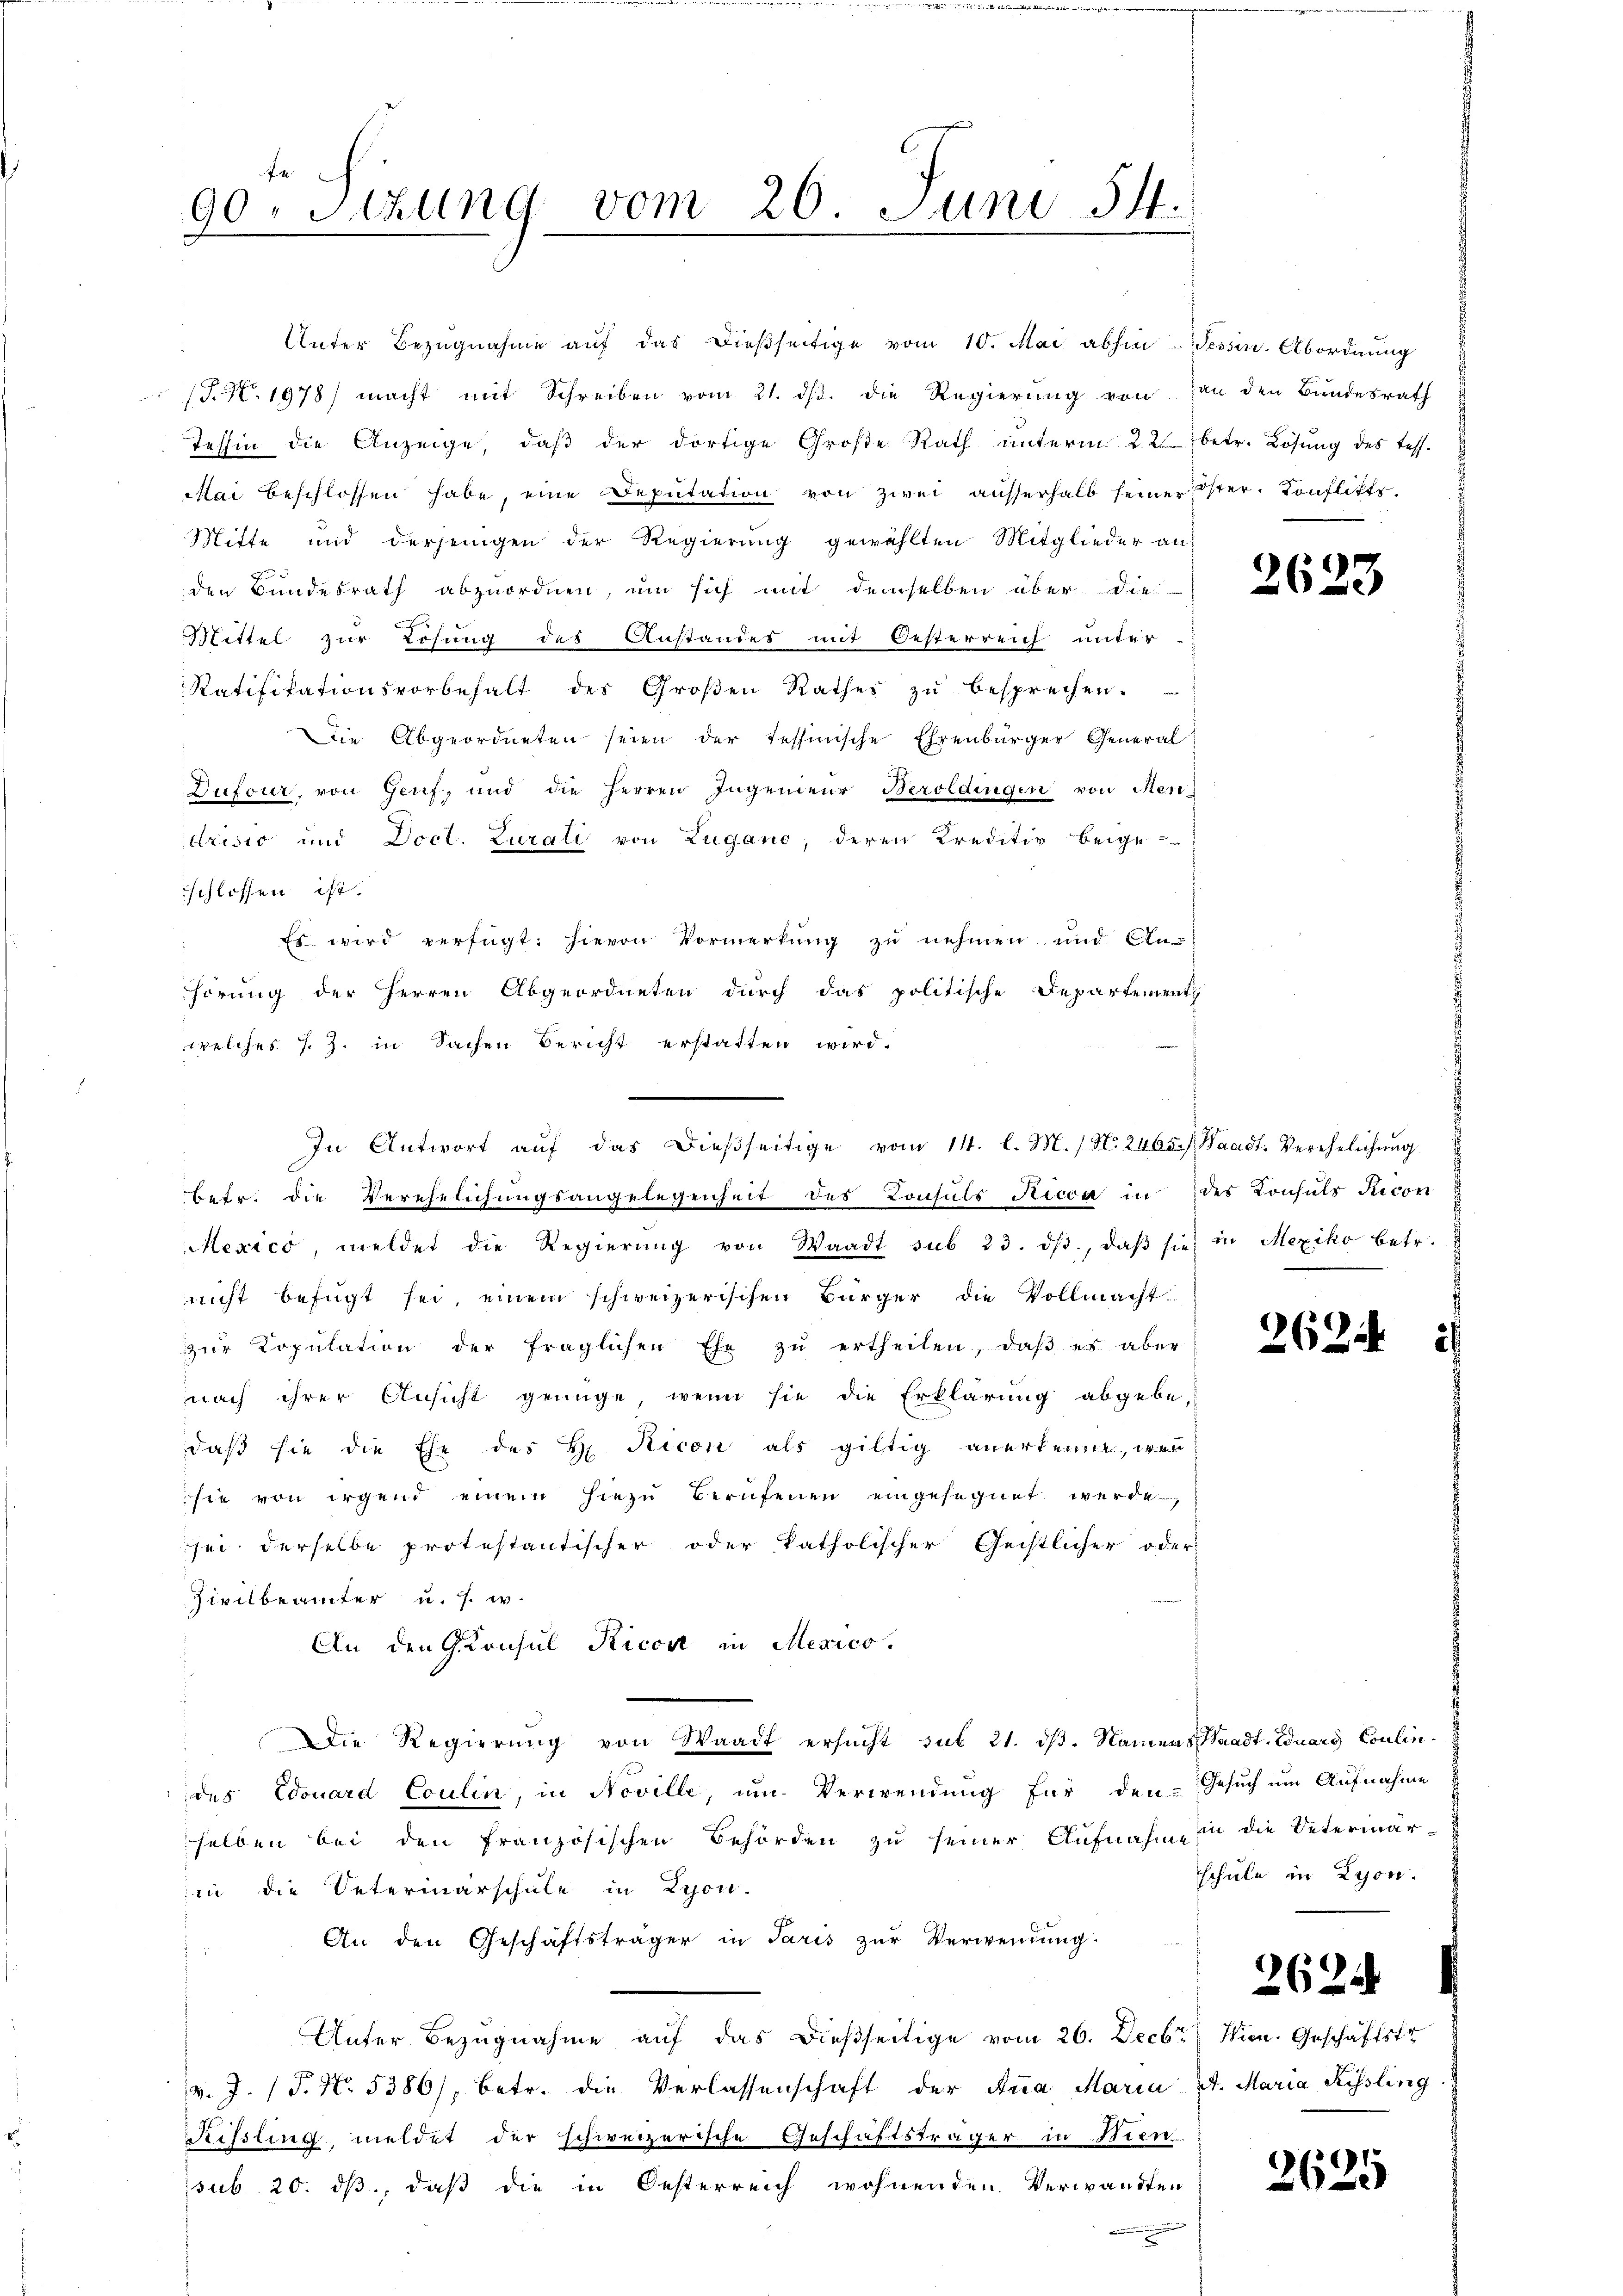
f
90. Sitzung vom 26. Juni 54.

Tessin die Anzeige, daβ der dortige Große Rath ŭnterm 22 betr. Lösung des Tess.
Mai beschlossen habe, eine Deputation von zwei ausserhalb seiner Oster. Konflikts.
Mitte und derjenigen der Regierung gewählten Mitglieder an
den Bundesrath abzuordnen, um sich mit demselben über die
Mittel zur Lösung des Anstandes mit Oesterreich unter-
Ratifikationsvorbehalt des Groβen Rathes zŭ besprechen.
Die Abgeordneten seien der tessinische Ehrenbürger General
Dufour, von Genf, und die Herren Ingenieur Beroldingen von Sen¬
Urisio und Doct. Lurali von Zugano, deren Kreditiv beige-
schlossen ist.
Es wird verfügt: hievon Vormerkung zu nehmen und An-
hörung der Herren Abgeordneten durch das politische Departement
welches s. Z. in Sachen Bericht erstatten wird.
In Antwort aŭf das dießseitige vom 14. l. M. / No. 2465. / Waadt, Verehelichŭng
betr. die Verehelichungsangelegenheit des Konsuls Ricca in
Mexico, meldet die Regierŭng von Waadt sub 23. dβ, daβ sie in Mexiko betr.
nicht befügt sei, einem schweizerischen Bürger die Vollmacht.
zŭr Kopŭlation der fraglichen Ehe zŭ ertheilen, daβ es aber
nach ihrer Ansicht genüge, wenn sie die Erklärung abgebe,
daß sie die Ehe des H. Ricon als giltig anerkenne, wos
sie von irgend einem hiezu berufenen eingesegnet werde,
sei derselbe protestantischer oder katholischer Geistlicher oder
Zivilbeamter u. s. w.
An den Gonsul Ricon in Mexico.
Die Regierung von Waadt ersucht sub 21. dß. Namens Waadt. Eduary Coulindes Edouard Coulin, in Noville, um Verwendung für den Gesuch um Aufnahme
selben bei den französischen Behörden zu seiner Aufnahme
in die Unterinarschule in Lyon-
An den Geschäftsträger in Paris zur Verwendung.
Unter Bezugnahme auf das dießseitige vom 26. Decbr. Wien. Geschäftstr
v. J. (T. No. 5386/, betr. die Verlassenschaft der Aṅa Maria St. Maria Kissling
Sissling, meldet der schweizerische Geschäftsträger in Bien
ssub 20. ds, daß die in Oesterreich wohnenden Verwandten
n

Unter Bezugnahme auf das dießseitige vom 10. Mai abhin Tessin. Abordnung
/S. Nr. 1978 macht mit Schreiben vom 21. dβ. die Regierŭng von an den Bundesrath

des Konsuls Recon

hin die Vetermarschule in Lyon:

2623

262.

2624

2625